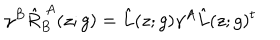
\gamma ^ { B } \hat { R } _ { B } ^ { ~ A } ( z ; g ) = \hat { L } ( z ; g ) \gamma ^ { A } \hat { L } ( z ; g ) ^ { t }